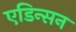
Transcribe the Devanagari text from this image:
एडिन्सन